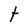
Character: t